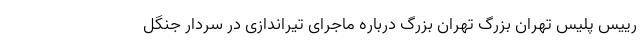
رییس پلیس تهران بزرگ تهران بزرگ درباره ماجرای تیراندازی در سردار جنگل